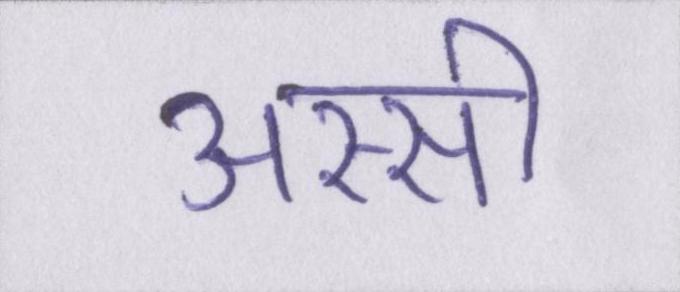
अस्सी